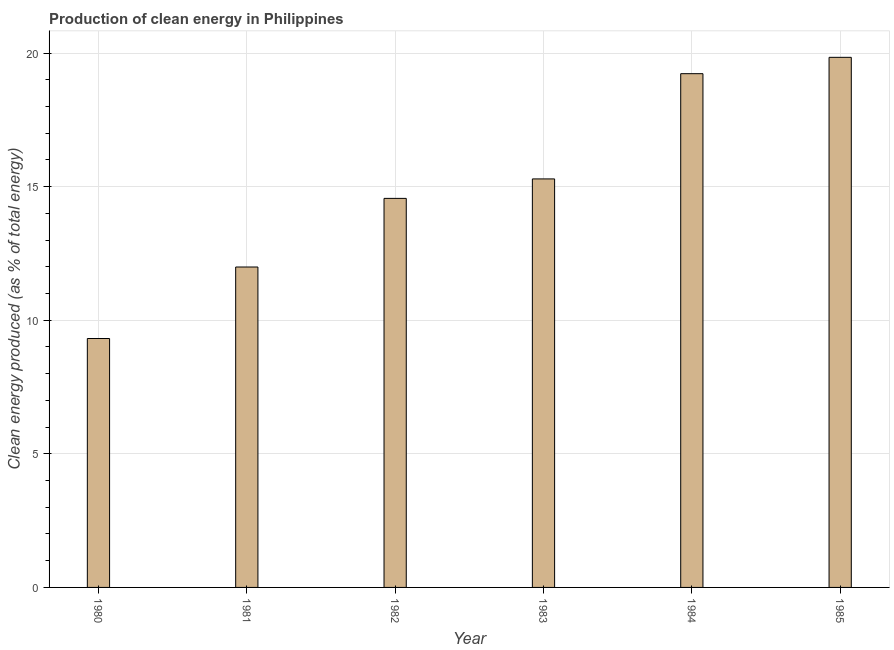
| Year | Alternative and nuclear energy |
 | --- | --- |
 | 1980 | 9.32 |
 | 1981 | 12 |
 | 1982 | 14.6 |
 | 1983 | 15.3 |
 | 1984 | 19.2 |
 | 1985 | 19.8 |